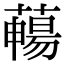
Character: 𦿄